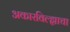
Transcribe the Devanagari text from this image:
अकारविल्ह्याचा